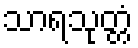
သာရသုတ္တံ